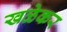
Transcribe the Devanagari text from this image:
खळेकर